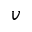
\boldsymbol { v }